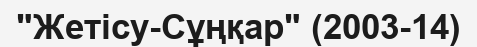
"Жетісу-Сұңқар" (2003-14)